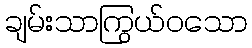
ချမ်းသာကြွယ်ဝသော